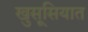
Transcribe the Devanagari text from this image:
खुसूसियात